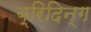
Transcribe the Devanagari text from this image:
ब्रिदिन्ग